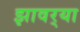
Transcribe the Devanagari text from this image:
झावर्‍या